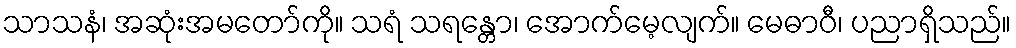
သာသနံ၊ အဆုံးအမတော်ကို။ သရံ သရန္တော၊ အောက်မေ့လျက်။ မေဓာဝီ၊ ပညာရှိသည်။